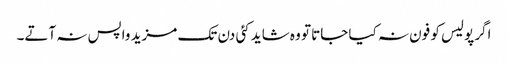
اگر پولیس کو فون نہ کیا جاتا تو وہ شاید کئی دن تک مزید واپس نہ آتے۔